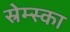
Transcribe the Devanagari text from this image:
स्रेम्स्का